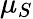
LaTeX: \mu_{S}